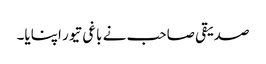
صدیقی صاحب نے باغی تیور اپنایا۔